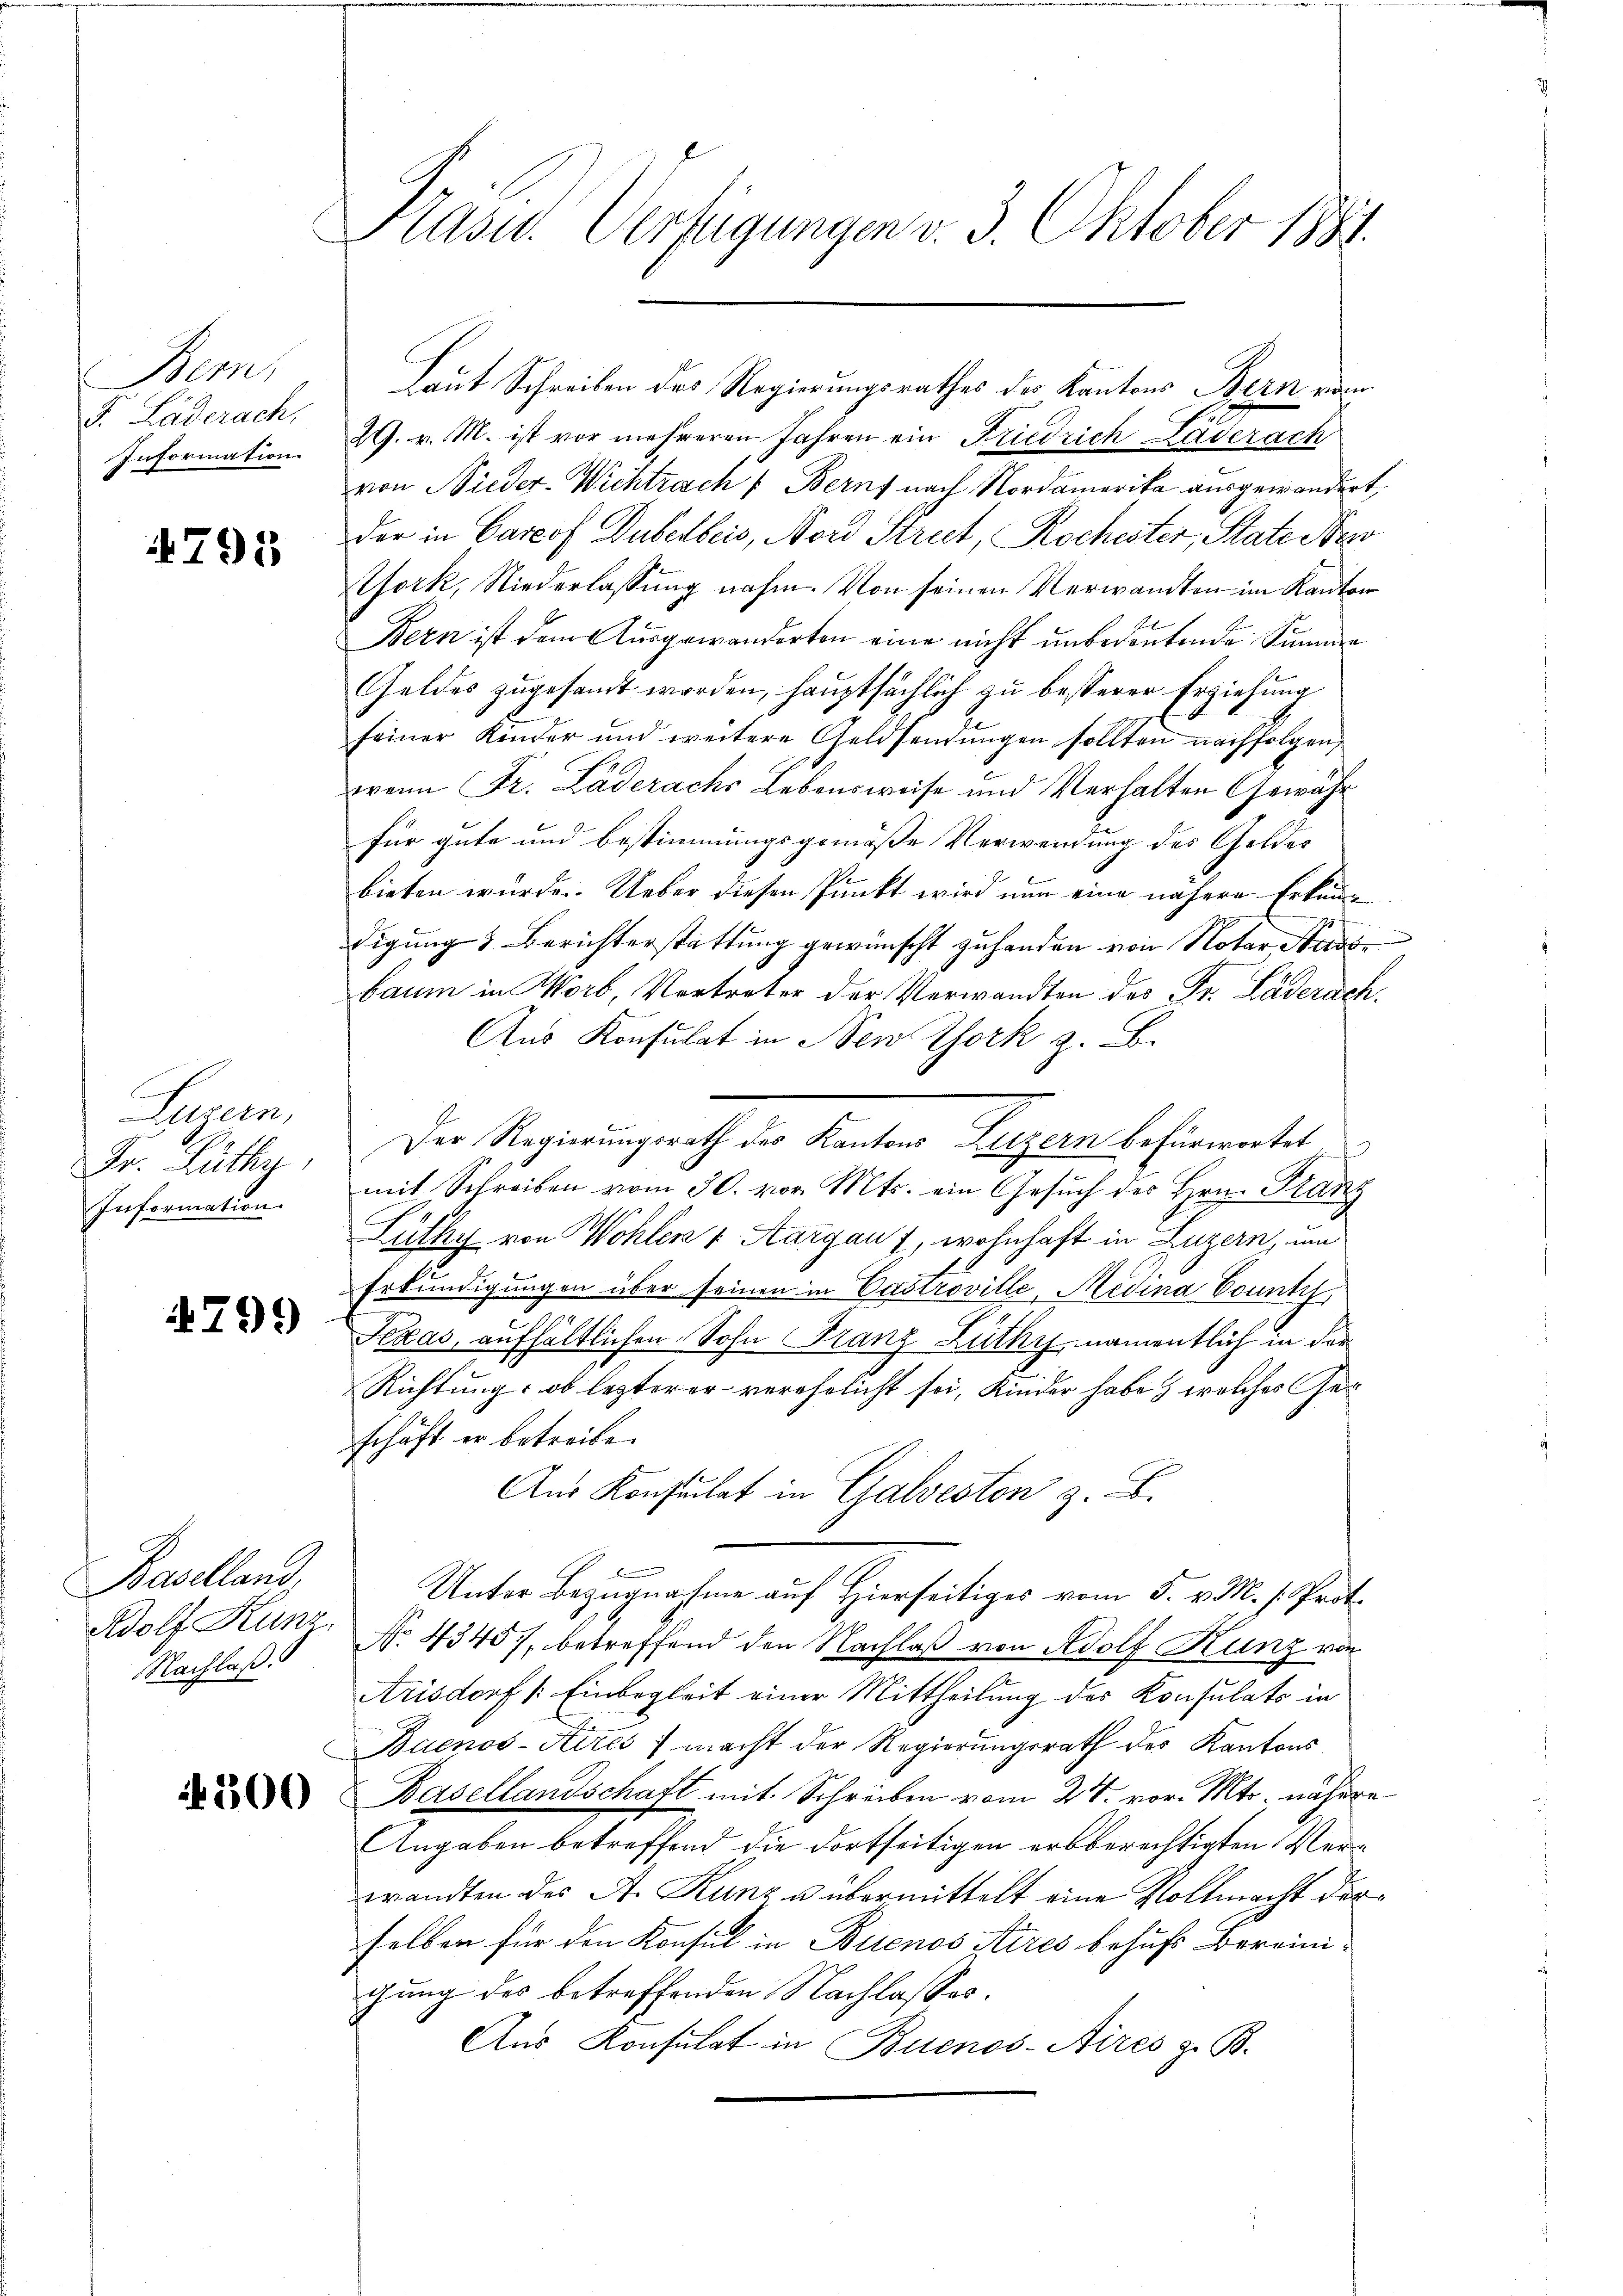
Sems
F. Läderach,
Information.

4795

.
Luzern,
Fr. Lüthy,
Information.

4799

Baselland,
Adolf Kunz
Nachlaß.

Nr. 306

Präsid. Verfügungen v. 3. Oktober 1881.

Laut Schreiben des Regierungsrathes der Kantons Bern vom
29. v. M. ist vor mehreren Jahren ein Friedrich Laderach
von Nieder-Wichtrach Berns nach Nordamerika ausgewandert,
der in Carrof Duberbeis, Nord Strict, Rochester, State Nico
Pfork, Niederlassŭng nahm. Von seinen Verwandten im Kanton
Bern ist dem Ausgewanderten eine nicht unbedeutende Simmen
Geldes zugesandt worden, hauptsächlich zu besserer Erziehung
seiner Kinder und weitere Geldsendungen sollten nachfolgen,
wann Fr. Läderachs Lebensweise und Verhalten Gewähr
für gute und bestimmungsgemäße Verwendung des Geldes
bieten würde. Ueber diesen Punkt wird nun eine nähere Erkun¬
.
digung & Berichterstattung gewünscht zuhanden von Notar Pass
baum in Worb, Vortreter der Verwandten des Fr. Läderach.
Aus Konsulat in New York z. B.
Der Regierungsrath der Kanton Luzern befürwortet
mit Schreiben vom 30. vor. Mts. ein Gesuch des Hrn. Franz
Lüthy von Wohlen v. Aargau, wohnhaft in Luzern, um
Erkundigungen über seinen in Castroville, Medina Count
Texas aufhältlichen Sohn Franz Luthy, namentlich in der
Richtung, ob letzterer verehelicht sei, Kinder habe, welches Ger
schäft er betreibe.
Aus Konsulat in Galveston z. B.
Unter Bezugnahme auf Hierseitiges vom 5. v. M. h. Prot
No. 4345), betreffend den Nachlaß von Adolf Kunz von
Arisdorf (Einbegleit einer Mittheilung des Konsulats in
Buenos-Aires; macht der Regierungsrath der Kantons
Basellandschaft mit Schreiben vom 27. vor. Mts. nähere
Angaben betreffend die dortseitigen erbberechtigten Verwandten des A. Kunz u. übermittelt eine Vollmacht derselben für den Konsul in Buenos Aires behufs Bereinigung des betreffenden Nachlasses.
Aus Konsulat in Buenos-Aires z. B.